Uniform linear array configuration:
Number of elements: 4
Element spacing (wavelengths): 1
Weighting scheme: blackman
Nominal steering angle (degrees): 60
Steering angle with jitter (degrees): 59.045
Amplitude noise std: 0.05
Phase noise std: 0.05

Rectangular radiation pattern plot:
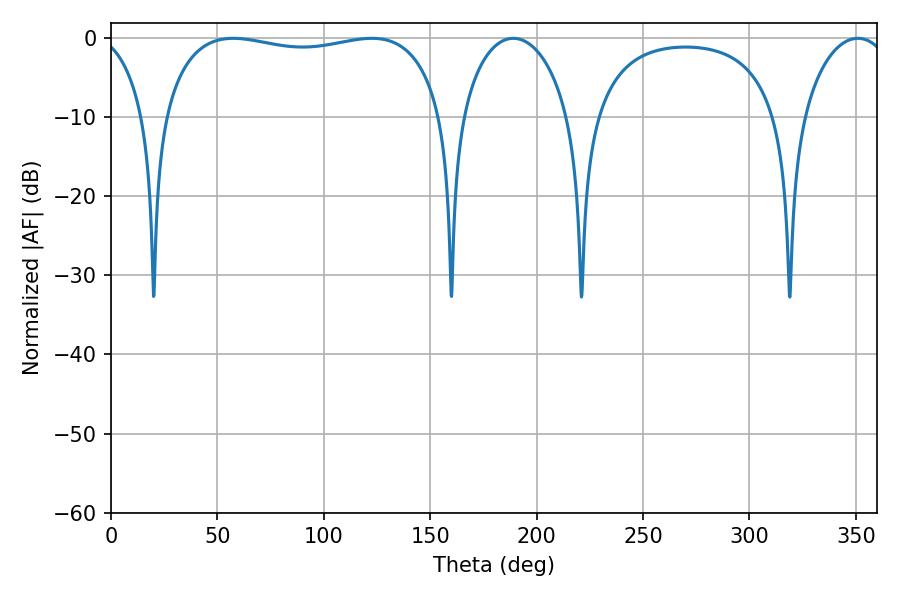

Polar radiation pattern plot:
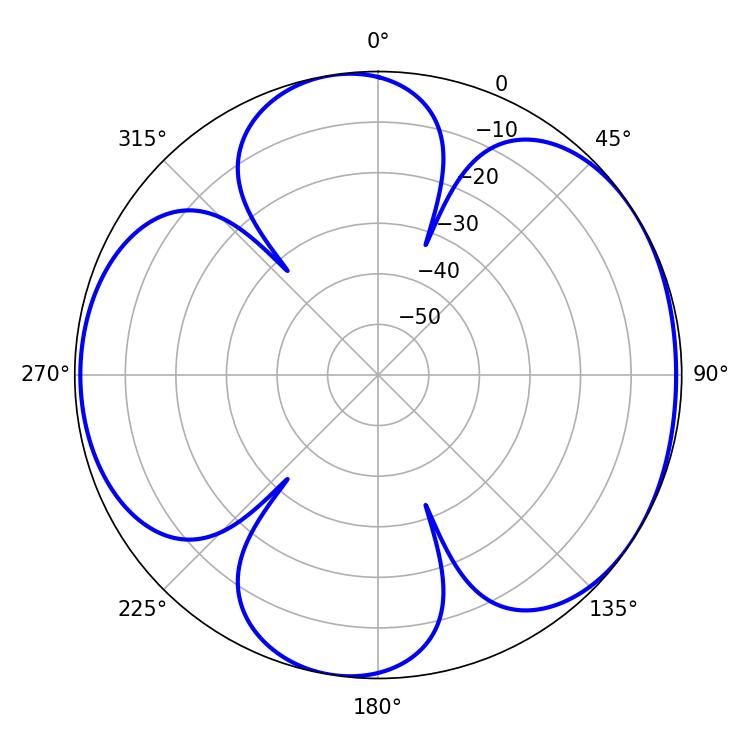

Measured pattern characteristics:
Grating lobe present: TRUE
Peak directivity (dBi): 5.555
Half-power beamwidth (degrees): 107.28
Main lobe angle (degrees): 57.42